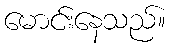
မောင်းနေသည်။